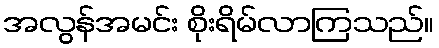
အလွန်အမင်း စိုးရိမ်လာကြသည်။